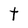
Character: t